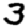
Digit: 3